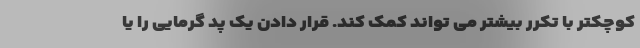
کوچکتر با تکرر بیشتر می تواند کمک کند. قرار دادن یک پد گرمایی را یا